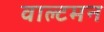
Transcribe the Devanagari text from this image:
वाल्टमन